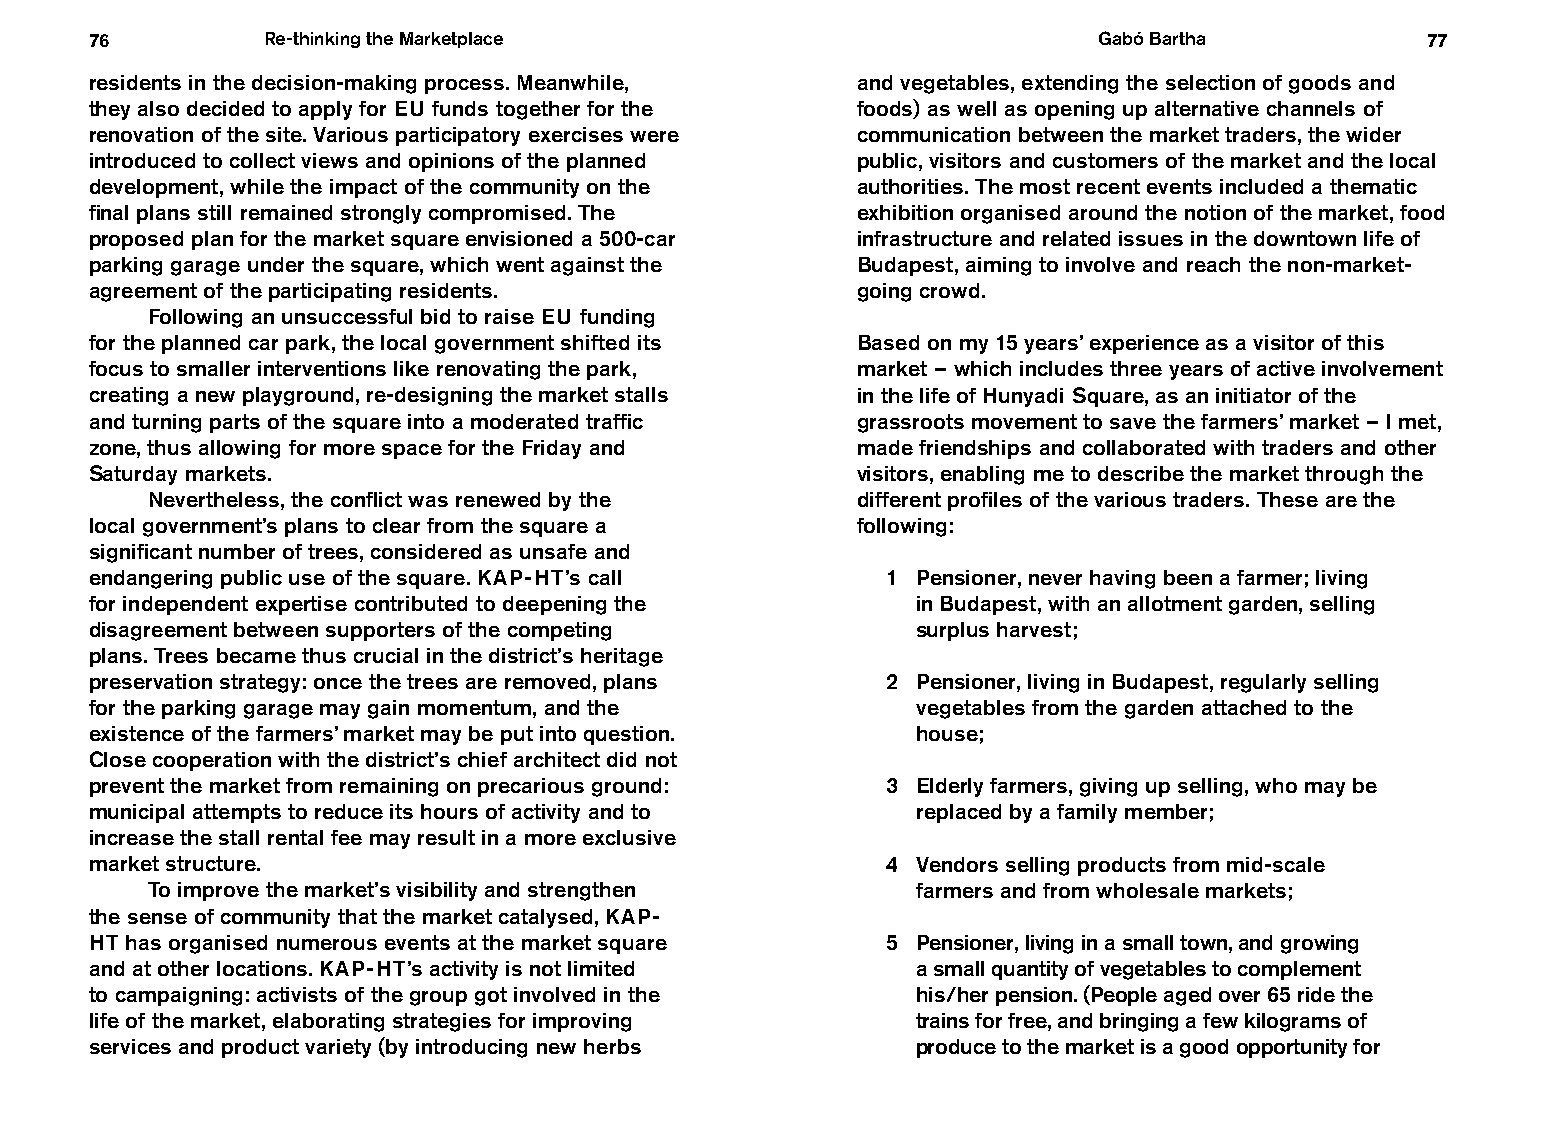
76         Re-thinking the Marketplace                             Gabó Bartha          77
 residents in the decision-making process. Meanwhile, and vegetables, extending the selection of goods and
 they also decided to apply for EU funds together for the foods) as well as opening up alternative channels of
 renovation of the site. Various participatory exercises were communication between the market traders, the wider
 introduced to collect views and opinions of the planned public, visitors and customers of the market and the local
 development, while the impact of the community on the authorities. The most recent events included a thematic
 final plans still remained strongly compromised. The exhibition organised around the notion of the market, food
 proposed plan for the market square envisioned a 500-car infrastructure and related issues in the downtown life of
 parking garage under the square, which went against the Budapest, aiming to involve and reach the non-market-
 agreement of the participating residents.          going crowd.
 Following an unsuccessful bid to raise EU funding
 for the planned car park, the local government shifted its Based on my 15 years’ experience as a visitor of this
 focus to smaller interventions like renovating the park, market – which includes three years of active involvement
 creating a new playground, re-designing the market stalls in the life of Hunyadi Square, as an initiator of the
 and turning parts of the square into a moderated traffic grassroots movement to save the farmers’ market – I met,
 zone, thus allowing for more space for the Friday and made friendships and collaborated with traders and other
 Saturday markets.                                  visitors, enabling me to describe the market through the
 Nevertheless, the conflict was renewed by the  different profiles of the various traders. These are the
 local government’s plans to clear from the square a following:
 significant number of trees, considered as unsafe and
 endangering public use of the square. KAP-HT’s call  1 Pensioner, never having been a farmer; living
 for independent expertise contributed to deepening the in Budapest, with an allotment garden, selling
 disagreement between supporters of the competing       surplus harvest;
 plans. Trees became thus crucial in the district’s heritage
 preservation strategy: once the trees are removed, plans 2 Pensioner, living in Budapest, regularly selling
 for the parking garage may gain momentum, and the      vegetables from the garden attached to the
 existence of the farmers’ market may be put into question. house;
 Close cooperation with the district’s chief architect did not
 prevent the market from remaining on precarious ground: 3 Elderly farmers, giving up selling, who may be
 municipal attempts to reduce its hours of activity and to replaced by a family member;
 increase the stall rental fee may result in a more exclusive
 market structure.                                    4 Vendors selling products from mid-scale
 To improve the market’s visibility and strengthen  farmers and from wholesale markets;
 the sense of community that the market catalysed, KAP-
 HT has organised numerous events at the market square 5 Pensioner, living in a small town, and growing
 and at other locations. KAP-HT’s activity is not limited a small quantity of vegetables to complement
 to campaigning: activists of the group got involved in the his / her pension. (People aged over 65 ride the
 life of the market, elaborating strategies for improving trains for free, and bringing a few kilograms of
 services and product variety (by introducing new herbs produce to the market is a good opportunity for